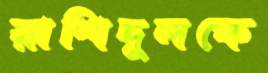
রাশিদুলকে